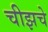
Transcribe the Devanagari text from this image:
चीझचे